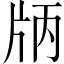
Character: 𤖶